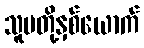
သူမတို့နှစ်ယောက်